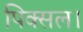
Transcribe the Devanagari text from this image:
पिक्सल।